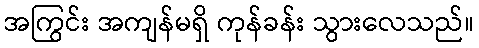
အကြွင်း အကျန်မရှိ ကုန်ခန်း သွားလေသည်။